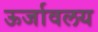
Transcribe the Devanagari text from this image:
ऊर्जावलय